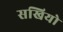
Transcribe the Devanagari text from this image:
सखियो